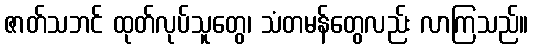
ဇာတ်သဘင် ထုတ်လုပ်သူတွေ၊ သံတမန်တွေလည်း လာကြသည်။